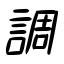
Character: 調